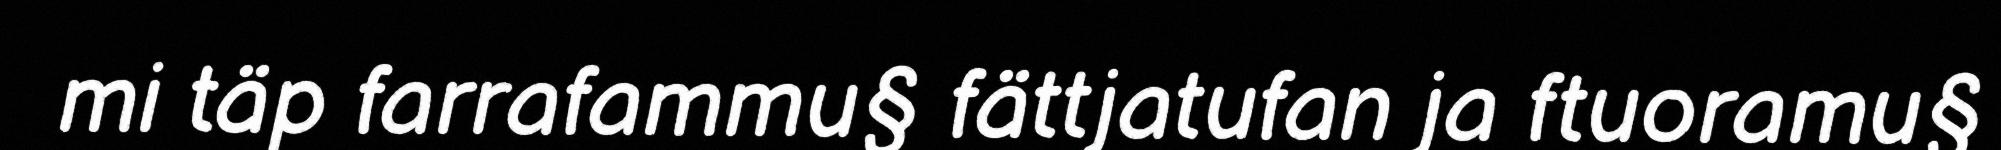
mi täp farrafammu§ fättjatufan ja ftuoramu§